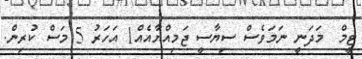
ޓީމް  މަދަނީ ނަމަވެސް ސިޔާސީ ޖަމިއްޔާއެއް1 އަހަރު 5 މަސް ކުރިން.